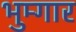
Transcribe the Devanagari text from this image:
भुम्गार